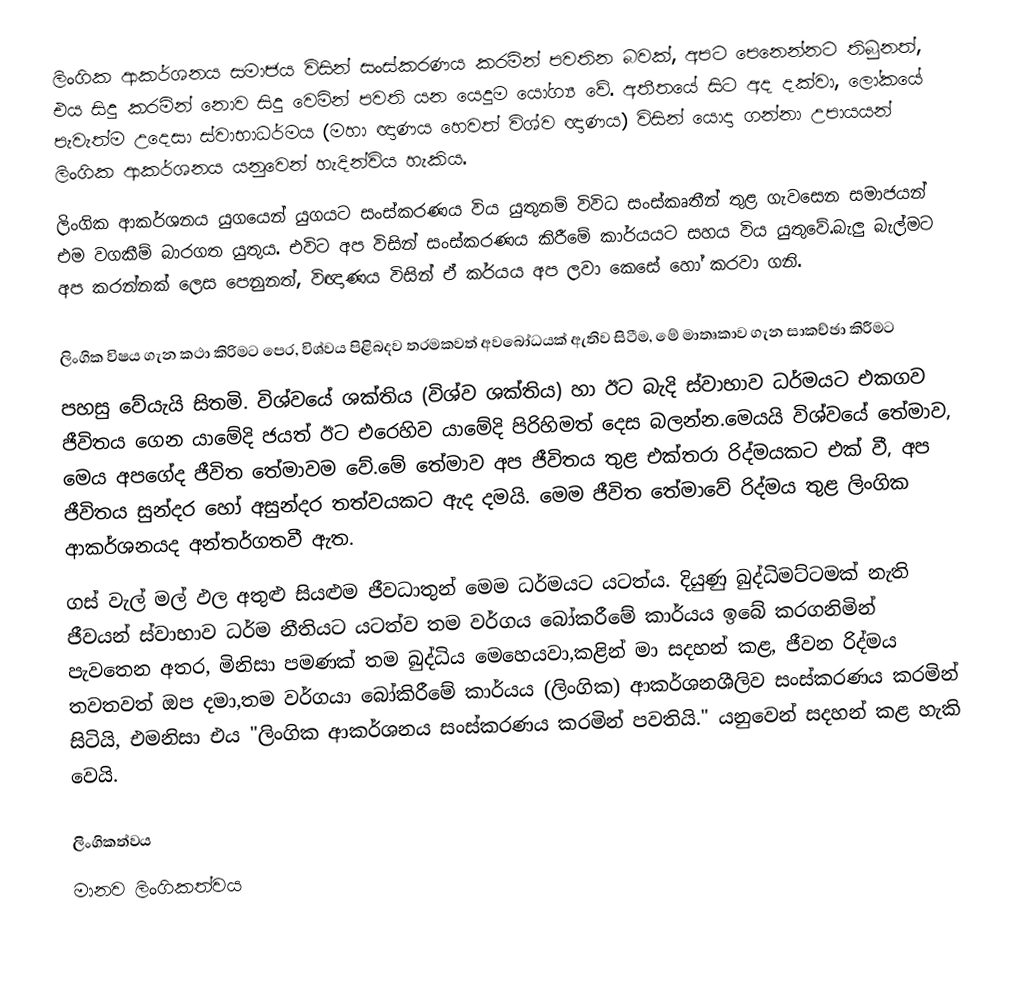
ලිංගික ආකර්ශනය සමාජය විසින් සංස්කරණය කරමින් පවතින බවක්, අපට පෙනෙන්නට තිබුනත්, එය සිදු කරමින් නොව සිදු වෙමින් පවති යන යෙදුම යෝග්‍ය වේ. අතීතයේ සිට අද දක්වා, ලෝකයේ පැවැත්ම උදෙසා ස්වාභාධර්මය (මහා ඥාණය හෙවත් විශ්ව ඥාණය) විසින් යොදා ගන්නා උපායයන් ලිංගික ආකර්ශනය යනුවෙන් හැදින්විය හැකිය.
ලිංගික ආකර්ශනය යුගයෙන් යුගයට සංස්කරණය විය යුතුනම් විවිධ සංස්කෘතීන් තුළ ගැවසෙන සමාජයන් එම වගකීම් බාරගත යුතුය. එවිට අප විසින් සංස්කරණය කිරීමේ කාර්යයට සහය විය යුතුවේ.බැලු බැල්මට අප කරන්නක් ලෙස පෙනුනත්, විඥාණය විසින් ඒ කර්යය අප ලවා කෙසේ හෝ කරවා ගනි.

ලිංගික විෂය ගැන කථා කිරිමට පෙර, විශ්වය පිළිබදව තරමකවත් අවබෝධයක් ඇතිව සිටීම, මේ මාතෘකාව ගැන සාකච්ඡා කිරීමට
පහසු වේයැයි සිතමි. විශ්වයේ ශක්තිය (විශ්ව ශක්තිය) හා ඊට බැදි ස්වාභාව ධර්මයට එකගව ජීවිතය ගෙන යාමේදි ජයත් ඊට එරෙහිව යාමේදි පිරිහිමත් දෙස බලන්න.මෙයයි විශ්වයේ තේමාව, මෙය අපගේද ජීවිත තේමාවම වේ.මේ තේමාව අප ජීවිතය තුළ එක්තරා රිද්මයකට එක් වී, අප ජීවිතය සුන්දර හෝ අසුන්දර තත්වයකට ඇද දමයි. මෙම ජීවිත තේමාවේ රිද්මය තුළ ලිංගික ආකර්ශනයද අන්තර්ගතවී ඇත.
ගස් වැල් මල් ඵල අතුළු සියළුම ජීවධාතුන් මෙම ධර්මයට යටත්ය. දියුණු බුද්ධිමට්ටමක් නැති ජීවයන් ස්වාභාව ධර්ම නීතියට යටත්ව තම වර්ගය බෝකරීමේ කාර්යය ඉබේ කරගනිමින් පැවතෙන අතර, මිනිසා පමණක් තම බුද්ධිය මෙහෙයවා,කළින් මා සදහන් කළ, ජීවන රිද්මය  තවතවත් ඔප දමා,තම වර්ගයා බෝකිරීමේ කාර්යය (ලිංගික) ආකර්ශනශීලිව සංස්කරණය කරමින් සිටියි, එමනිසා එය "ලිංගික ආකර්ශනය සංස්කරණය කරමින් පවතියි." යනුවෙන් සදහන් කළ හැකි වෙයි.

ලිංගිකත්වය
මානව ලිංගිකත්වය